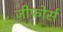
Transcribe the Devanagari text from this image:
जीफोर्स